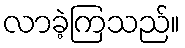
လာခဲ့ကြသည်။